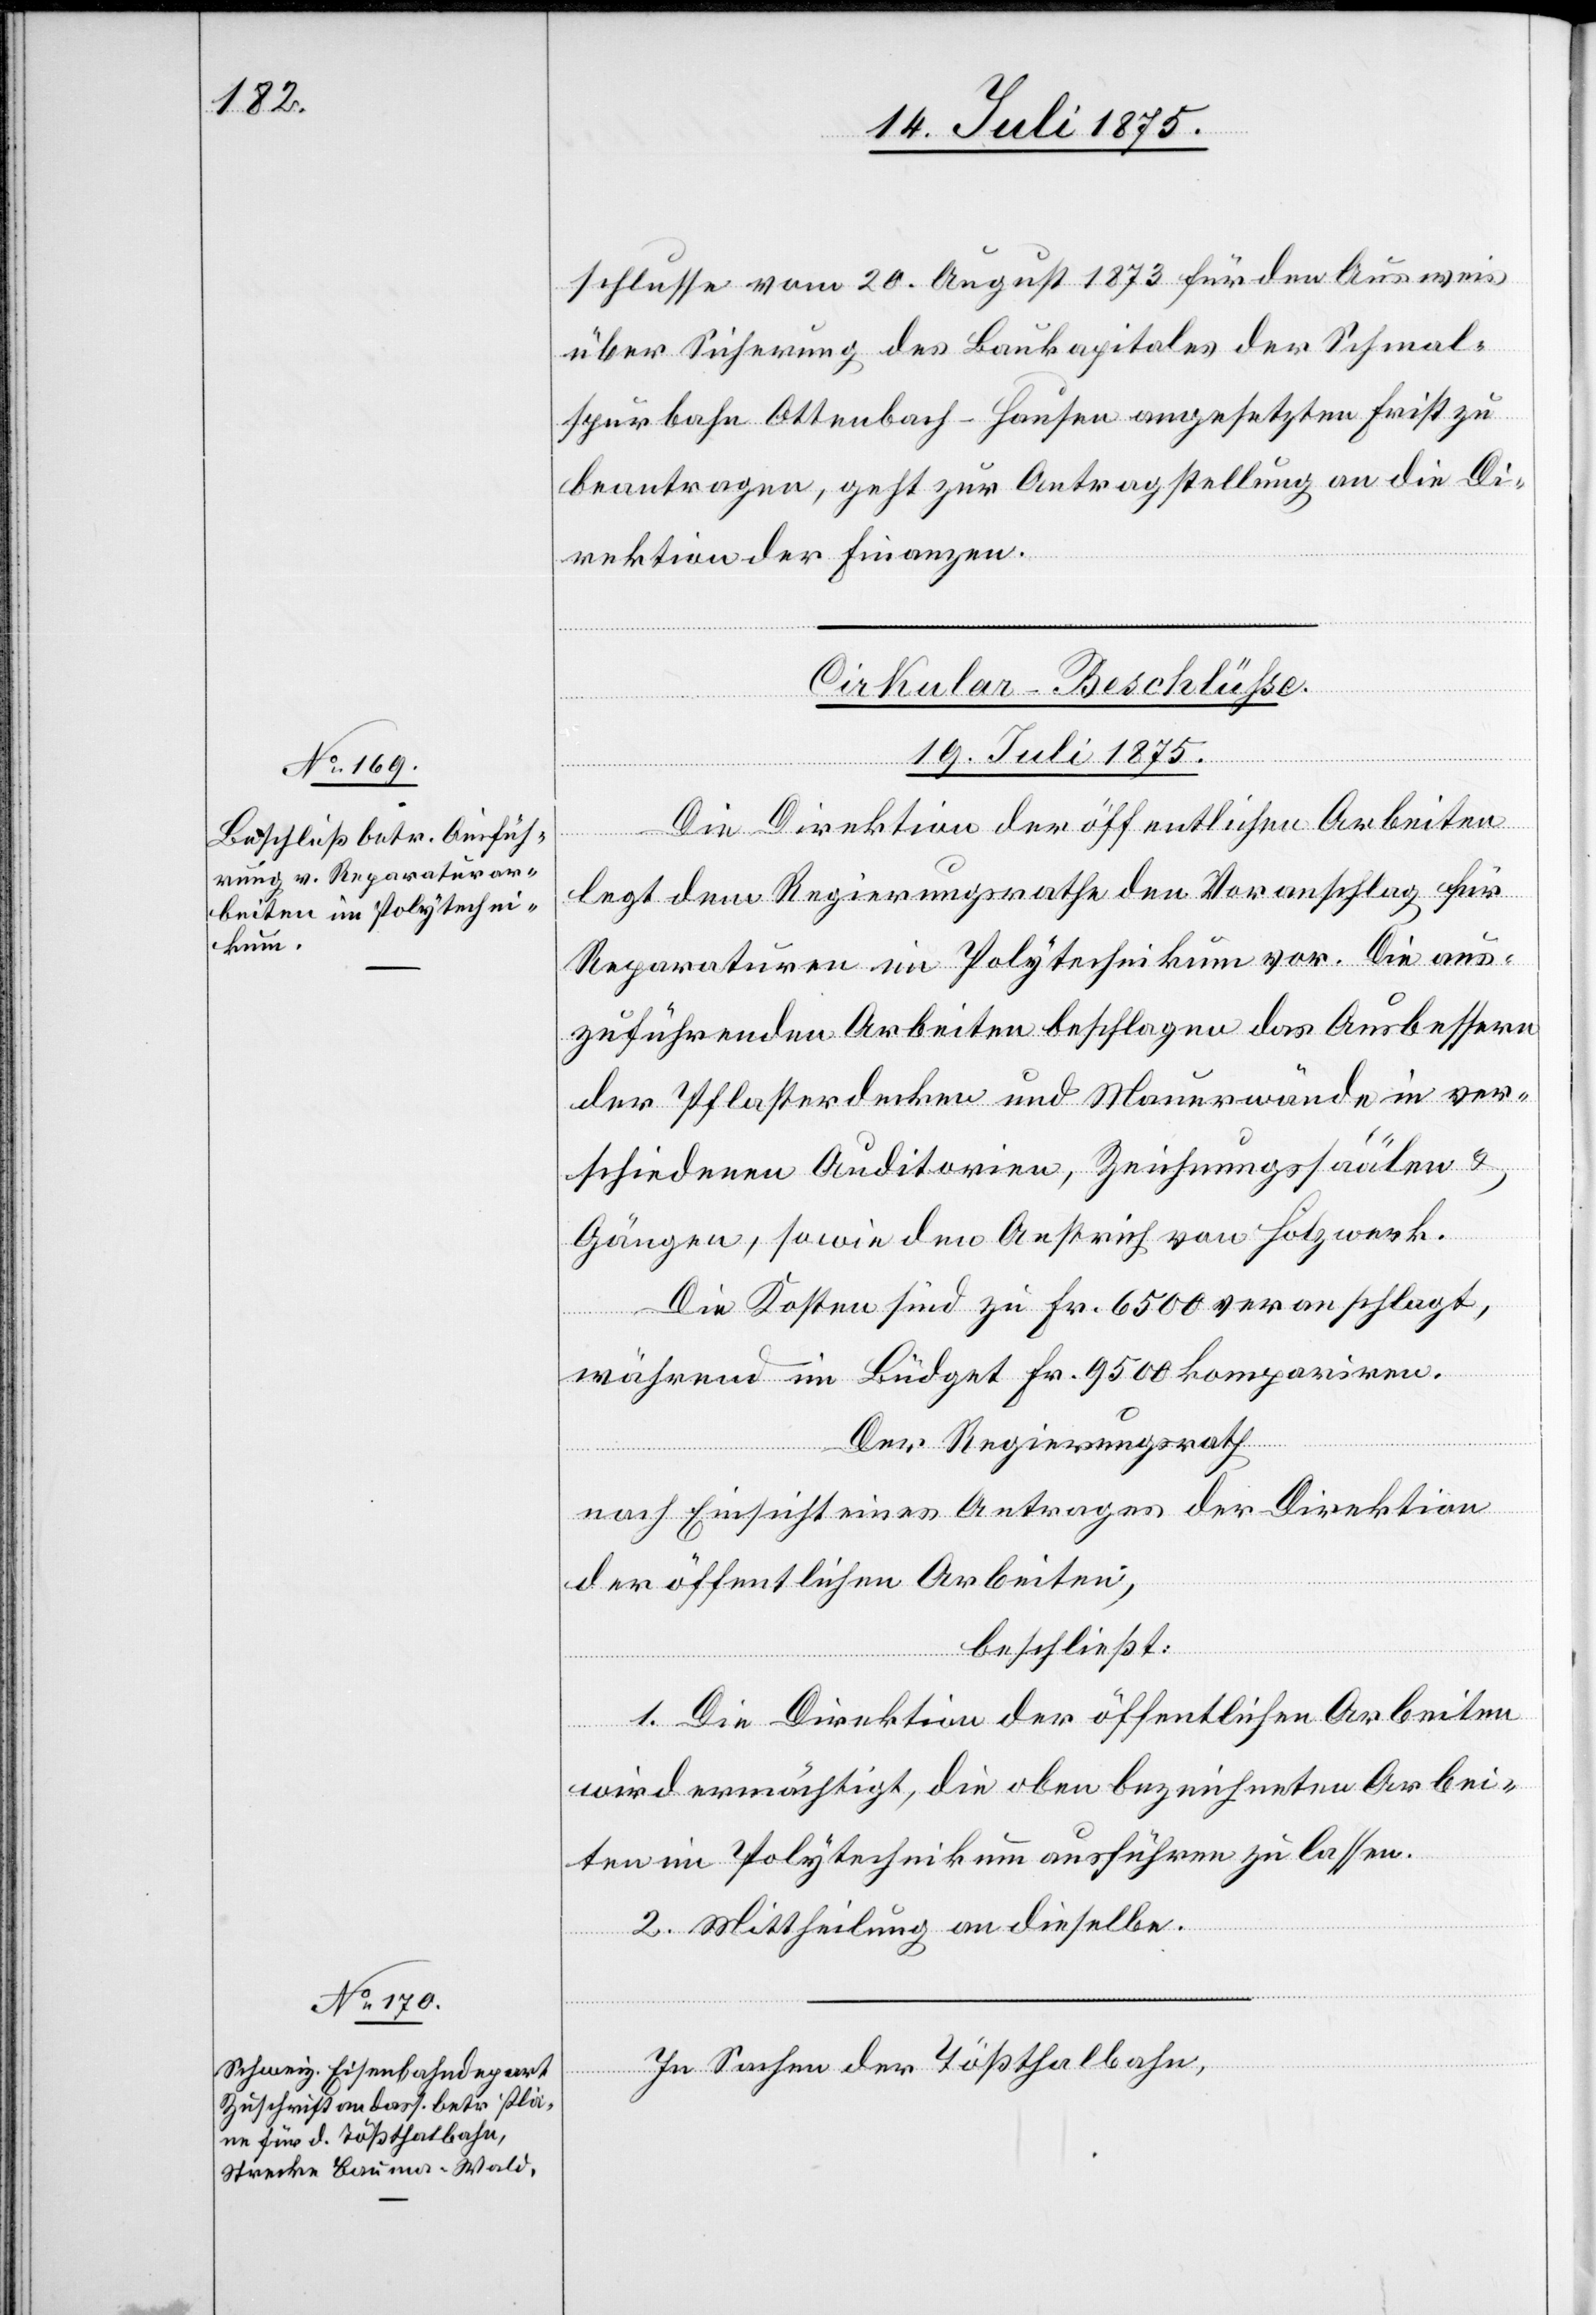
schlusse vom 20. August 1873 für den Ausweis
über Sicherung des Baukapitals der Schmal¬
spurbahn Ottenbach–Hausen angesetzten Frist zu
beantragen, geht zur Antragstellung an die Di¬
rektion der Finanzen.
Cirkular-Beschlüße.
19. Juli 1875.]
Die Direktion der öffentlichen Arbeiten
legt dem Regierungsrathe den Voranschlag für
Reparaturen im Polytechnikum vor. Die aus¬
zuführenden Arbeiten beschlagen das Ausbessern
der Pflasterdecken und Mauerwände in ver¬
schiedenen Auditorien, Zeichnungssäälen &
Gängen, sowie dem Anstrich von Holzwerk.
Die Kosten sind zu Fr. 6500 veranschlagt,
während im Büdget Fr. 9500 kompariren.
Der Regierungsrath,
nach Einsicht eines Antrages der Direktion
der öffentlichen Arbeiten,
beschließt:
1. Die Direktion der öffentlichen Arbeiten
wird ermächtigt, die oben bezeichneten Arbei¬
ten im Polytechnikum ausführen zu lassen.
2. Mittheilung an dieselbe.
In Sachen der Tößthalbahn,